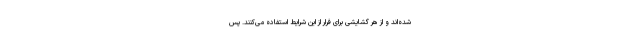
شده‌اند و از هر گشایشی برای فرار از این شرایط استفاده می‌کنند. پس